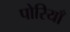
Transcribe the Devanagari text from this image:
पोरियाँ